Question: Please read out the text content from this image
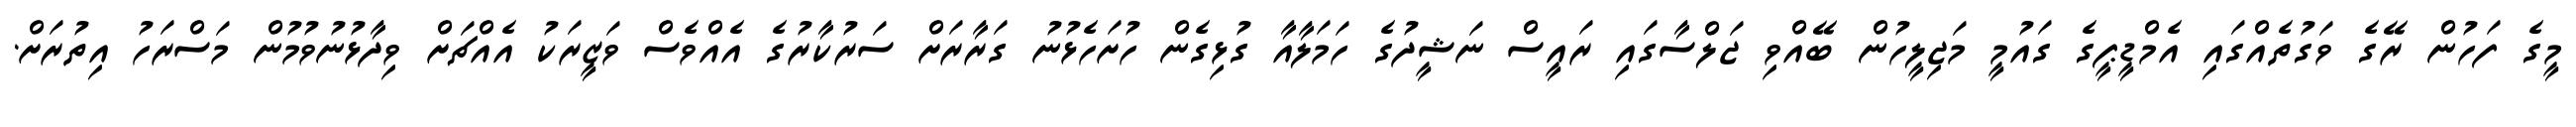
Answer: މީގެ ފަހުން ރޭގެ ވަގުތެއްގައި އެމްޑީޕީގެ ގައުމީ މަޖިލީހުން ބޭއްވި ޖަލްސާގައި ރައީސް ނަޝީދުގެ ހަމަލާއާ ގުޅިގެން ހުށަހެޅުނު ގަރާރަށް ސަރުކާރުގެ އެއްވެސް ވަޒީރަކު އެއްޗަށް ވިދާޅުނުވުމުން މަސްރަހު އިތުރަށް.